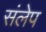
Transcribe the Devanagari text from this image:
संलेप